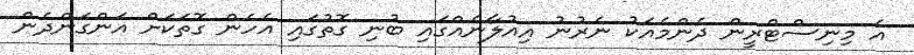
އެ މިނިސްޓްރީން ދެންމެއަކު ނެރުނު އިއުލާނެއްގައި ބުނި ގޮތުގައި އެހެން ގޮތަކަށް އަންގަންދެން